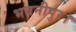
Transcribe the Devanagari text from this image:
भवनीपुर।